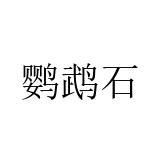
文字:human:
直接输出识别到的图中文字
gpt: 鹦鹉石